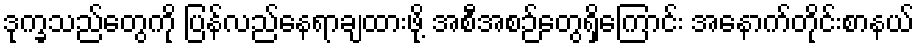
ဒုက္ခသည်တွေကို ပြန်လည်နေရာချထားဖို့ အစီအစဉ်တွေရှိကြောင်း အနောက်တိုင်းစာနယ်